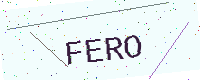
Text: FERO